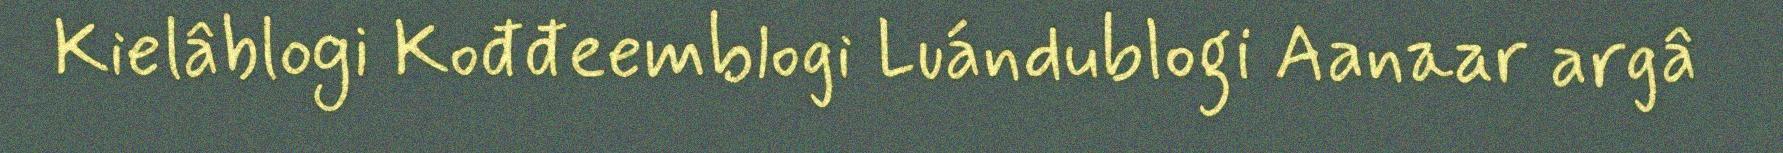
Kielâblogi Kođđeemblogi Luándublogi Aanaar argâ